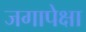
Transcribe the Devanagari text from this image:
जगापेक्षा